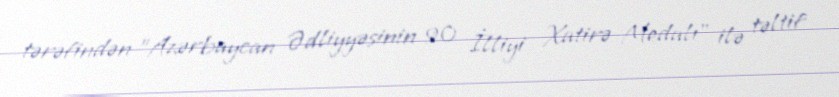
tərəfindən "Azərbaycan Ədliyyəsinin 90 İlliyi Xatirə Medalı" ilə təltif